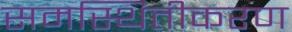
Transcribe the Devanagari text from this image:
समस्थितीकरण